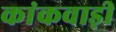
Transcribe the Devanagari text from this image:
कांकवाड़ी